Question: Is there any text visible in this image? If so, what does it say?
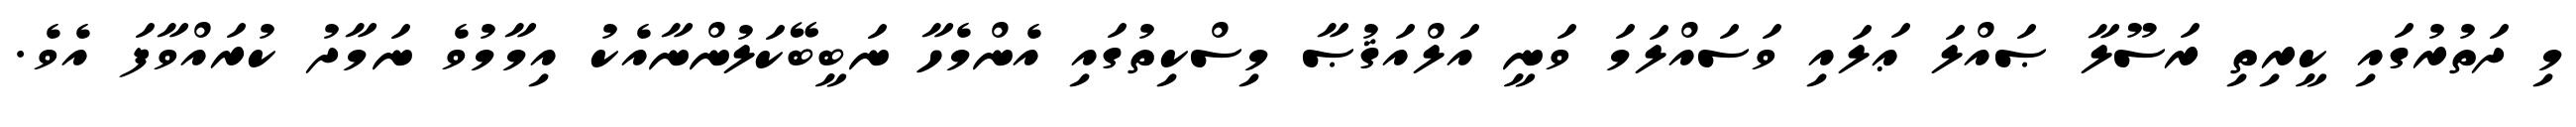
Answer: މި ދަތުރުގައި ކީރިތި ރަސޫލާ ޞައްލަ ޢަލައި ވަސައްލަމަ ވަނީ އަލްއަޤުޞާ މިސްކިތުގައި އެންމެހާ ނަބީބޭކަލުންނާއެކު އިމާމުވެ ނަމާދު ކުރައްވާފަ އެވެ.